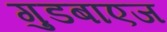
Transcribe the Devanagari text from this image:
गुडबाएज